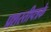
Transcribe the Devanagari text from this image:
प्रशस्तीपत्रके